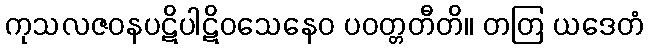
ကုသလဇဝနပဋိပါဋိဝသေနေဝ ပဝတ္တတီတိ။ တတြ ယဒေတံ